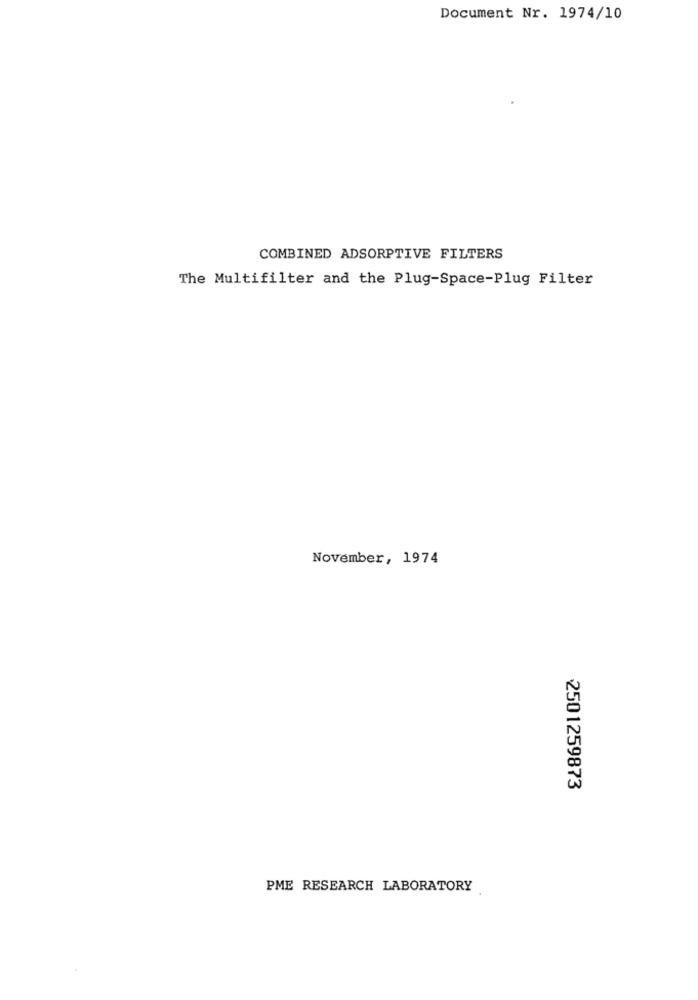
Document Nr. 1974/10
COMBINED ADSORPTIVE FILTERS
The Multifilter and the Plug-Space-Plug Filter
November, 1974
2501259873
PME RESEARCH LABORATORY